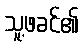
သူ့ဖခင်၏